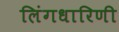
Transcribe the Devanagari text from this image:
लिंगधारिणी